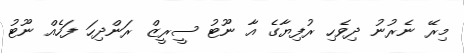
މިރޭ ނެރުނު ދިވެހި ރުފިޔާގެ އާ ނޫޓު ސީރީޒް ރަންދިހަ ފަހެއް ނޫޓު